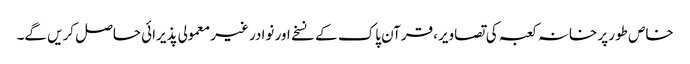
خاص طور پر خانہ کعبہ کی تصاویر، قرآن پاک کے نسخے اور نوادر غیر معمولی پذیرائی حاصل کریں گے۔